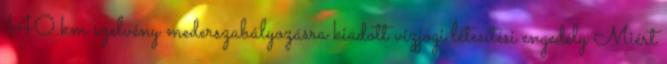
140 km szelvény mederszabályozásra kiadott vízjogi létesítési engedély Miért